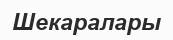
Шекаралары